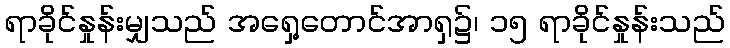
ရာခိုင်နှုန်းမျှသည် အရှေ့တောင်အာရှ၌၊ ၁၅ ရာခိုင်နှုန်းသည်